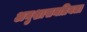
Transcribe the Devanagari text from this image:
अनुशासनप्रियता